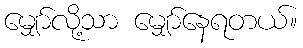
မျှော်လို့သာ မျှော်နေရတယ်။